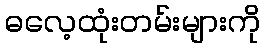
ဓလေ့ထုံးတမ်းများကို